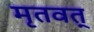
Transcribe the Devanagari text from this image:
मृतवत्‌